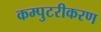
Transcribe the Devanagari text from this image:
कम्पुटरीकरण